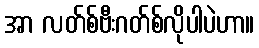
အာ လတ်စ်ဗီးဂတ်စ်လိုပါပဲဟာ။